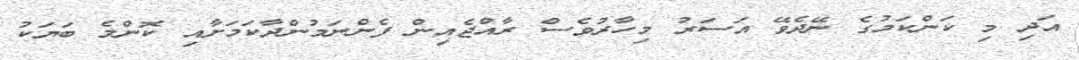
އަދި މި ކަންކަމުގެ ނޭދެވޭ އަސަރު މިހާރުވެސް ރާއްޖެއިން ފެންނަމުންދާކަމަށާއި ކޮންމެ ބަޔަކު